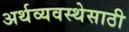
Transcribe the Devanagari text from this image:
अर्थव्यवस्थेसाठी